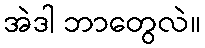
အဲဒါ ဘာတွေလဲ။